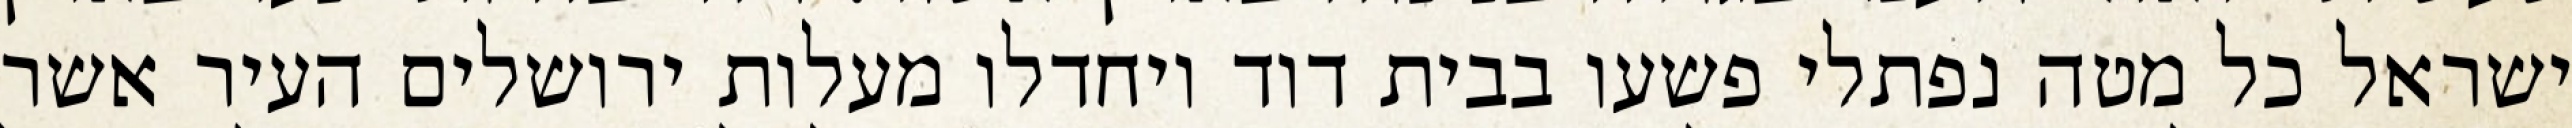
ישראל כל מטה נפתלי פשעו בבית דוד ויחדלו מעלות ירושלים העיר אשר